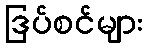
ဒြပ်စင်များ